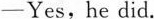
-Yes,he did.